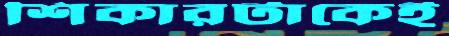
শিকারটাকেই